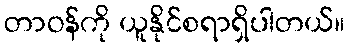
တာဝန်ကို ယူနိုင်စရာရှိပါတယ်။